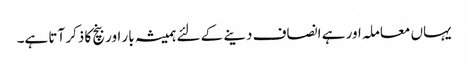
یہاں معاملہ اور ہے انصاف دینے کے لئے ہمیشہ بار اور بنچ کا ذکر آتا ہے۔